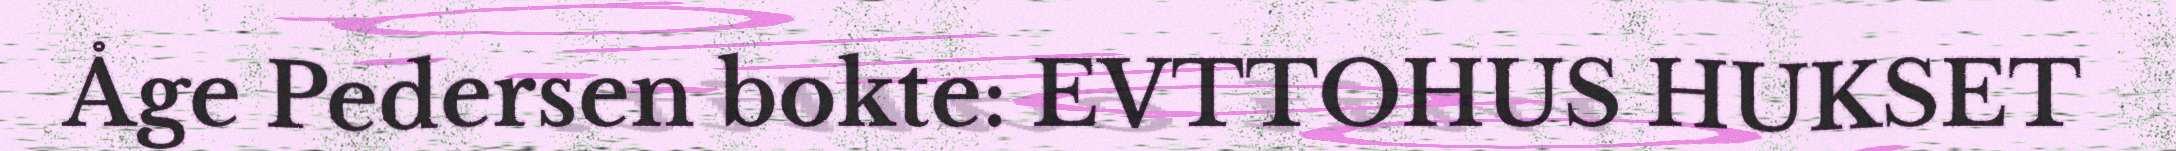
Åge Pedersen bokte: EVTTOHUS HUKSET